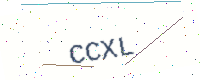
Text: CCXL